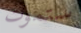
ستموت